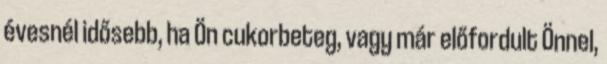
évesnél idősebb, ha Ön cukorbeteg, vagy már előfordult Önnel,